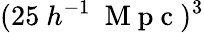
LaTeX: (25\ h^{-1}\ \mathrm{~M~p~c~})^{3}